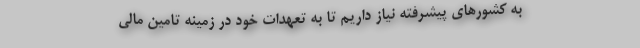
به کشورهای پیشرفته نیاز داریم تا به تعهدات خود در زمینه تامین مالی